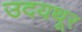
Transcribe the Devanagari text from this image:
उदयथूर